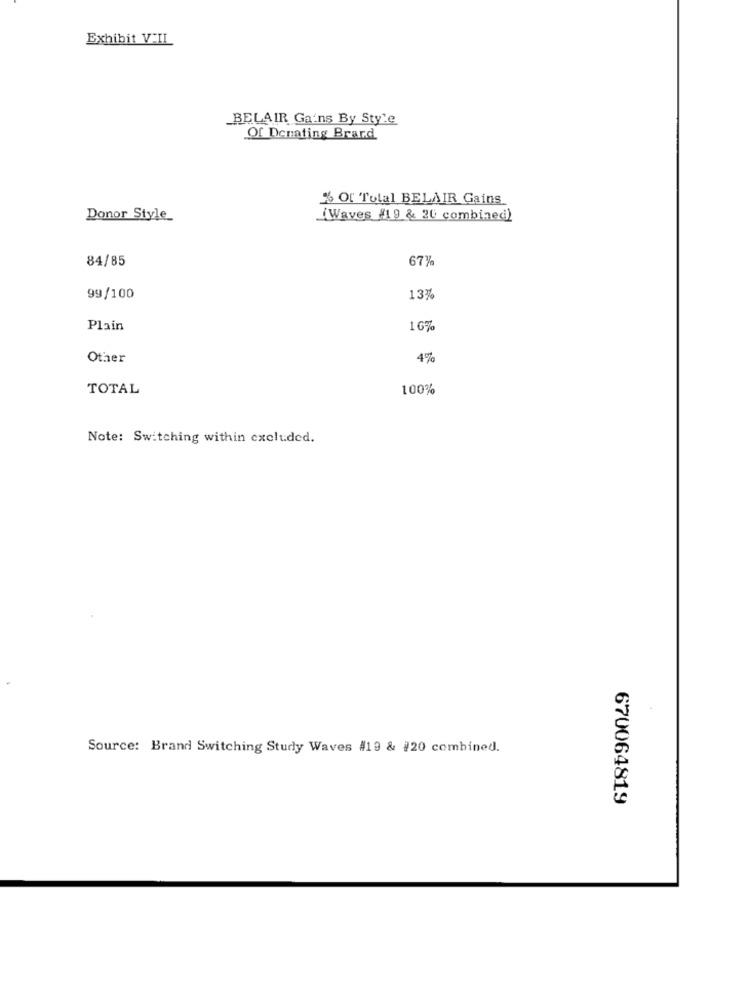
Exhibit VIL
BELAIR Ga'ns By Style
Of Denating Brard
% Of Total BELAIR Gains
Donor Style
(Waves #19 & 20 combined)
84/85
67%
99/100
13%
Plain
16%
Other
4%
TOTAL
100%
Note: Switching within excluded.
Source: Brand Switching Study Waves #19 & #20 combined.
670064819